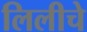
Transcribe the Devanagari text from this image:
लिलीचे